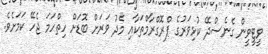
ވީޓީވީން ގެނެސްދޭ ކުޅިވަރުގެ ޕްރޮގްރާމްތަކާއި މެދު ވަރަށް ބޮޑަށް ހިތްހަމަ ޖެހޭ ކަމަށެވެ.